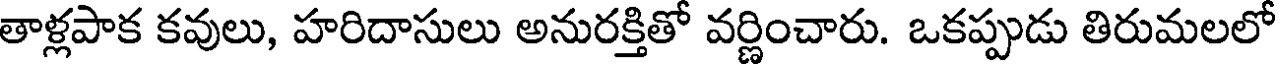
తాళ్లపాక కవులు, హరిదాసులు అనురక్తితో వర్ణించారు. ఒకప్పుడు తిరుమలలో